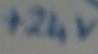
Text: +24v